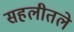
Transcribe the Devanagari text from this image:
सहलीतले